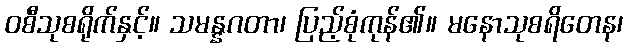
ဝစီသုစရိုက်နှင့်။ သမန္နဂတာ၊ ပြည့်စုံကုန်၏။ မနောသုစရိတေန၊